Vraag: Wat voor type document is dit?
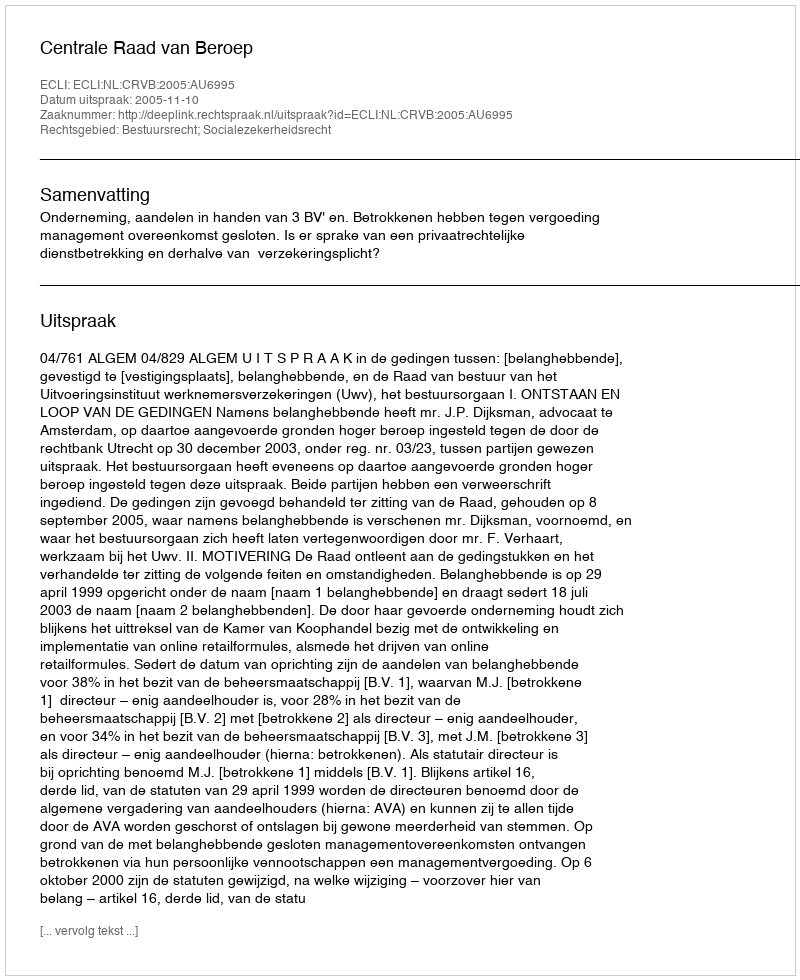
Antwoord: Uitspraak